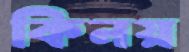
কিনয়